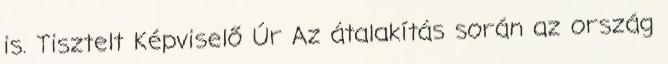
is. Tisztelt Képviselő Úr Az átalakítás során az ország